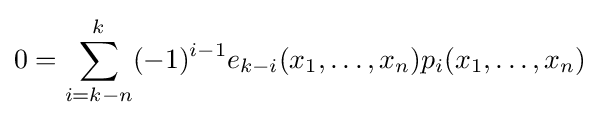
0=\sum _{i=k-n}^{k}(-1)^{i-1}e_{k-i}(x_{1},\ldots ,x_{n})p_{i}(x_{1},\ldots ,x_{n})